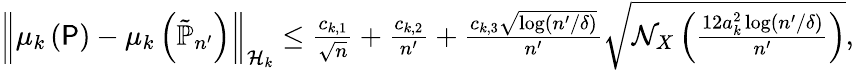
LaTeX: \begin{array}{r}{\left\| {\mu_{k}\left(\P\right)-\mu_{k}\left(\tilde{\mathbb{P}}_{n^{\prime}}\right)}\right\| _{\mathcal{H}_{k}}\leq\frac{c_{k,1}}{\sqrt{n}}+\frac{c_{k,2}}{n^{\prime}}+\frac{c_{k,3}\sqrt{\log(n^{\prime}/\delta)}}{n^{\prime}}\sqrt{\mathcal N_{X}\left(\frac{12a_{k}^{2}\log(n^{\prime}/\delta)}{n^{\prime}}\right)},}\end{array}